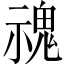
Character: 𩲡